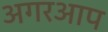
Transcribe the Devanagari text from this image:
अगरआप